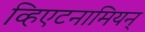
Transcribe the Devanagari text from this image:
व्हिएटनामियन्